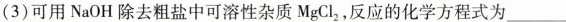
(3)可用NaOH除去粗盐中可溶性杂质MgCl_{2}，反应的化学方程式为___